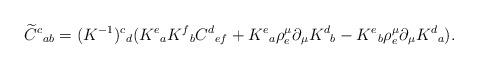
LaTeX: \begin{align*}\widetilde{C}^c{}_{ab}=(K^{-1})^c{}_{d}(K^e{}_{a}K^f{}_{b}&C^d{}_{ef}+K^e{}_{a}\rho^\mu_e\partial_\mu K^d{}_{b}-K^e{}_{b}\rho^\mu_e\partial_\mu K^d{}_{a}).\end{align*}